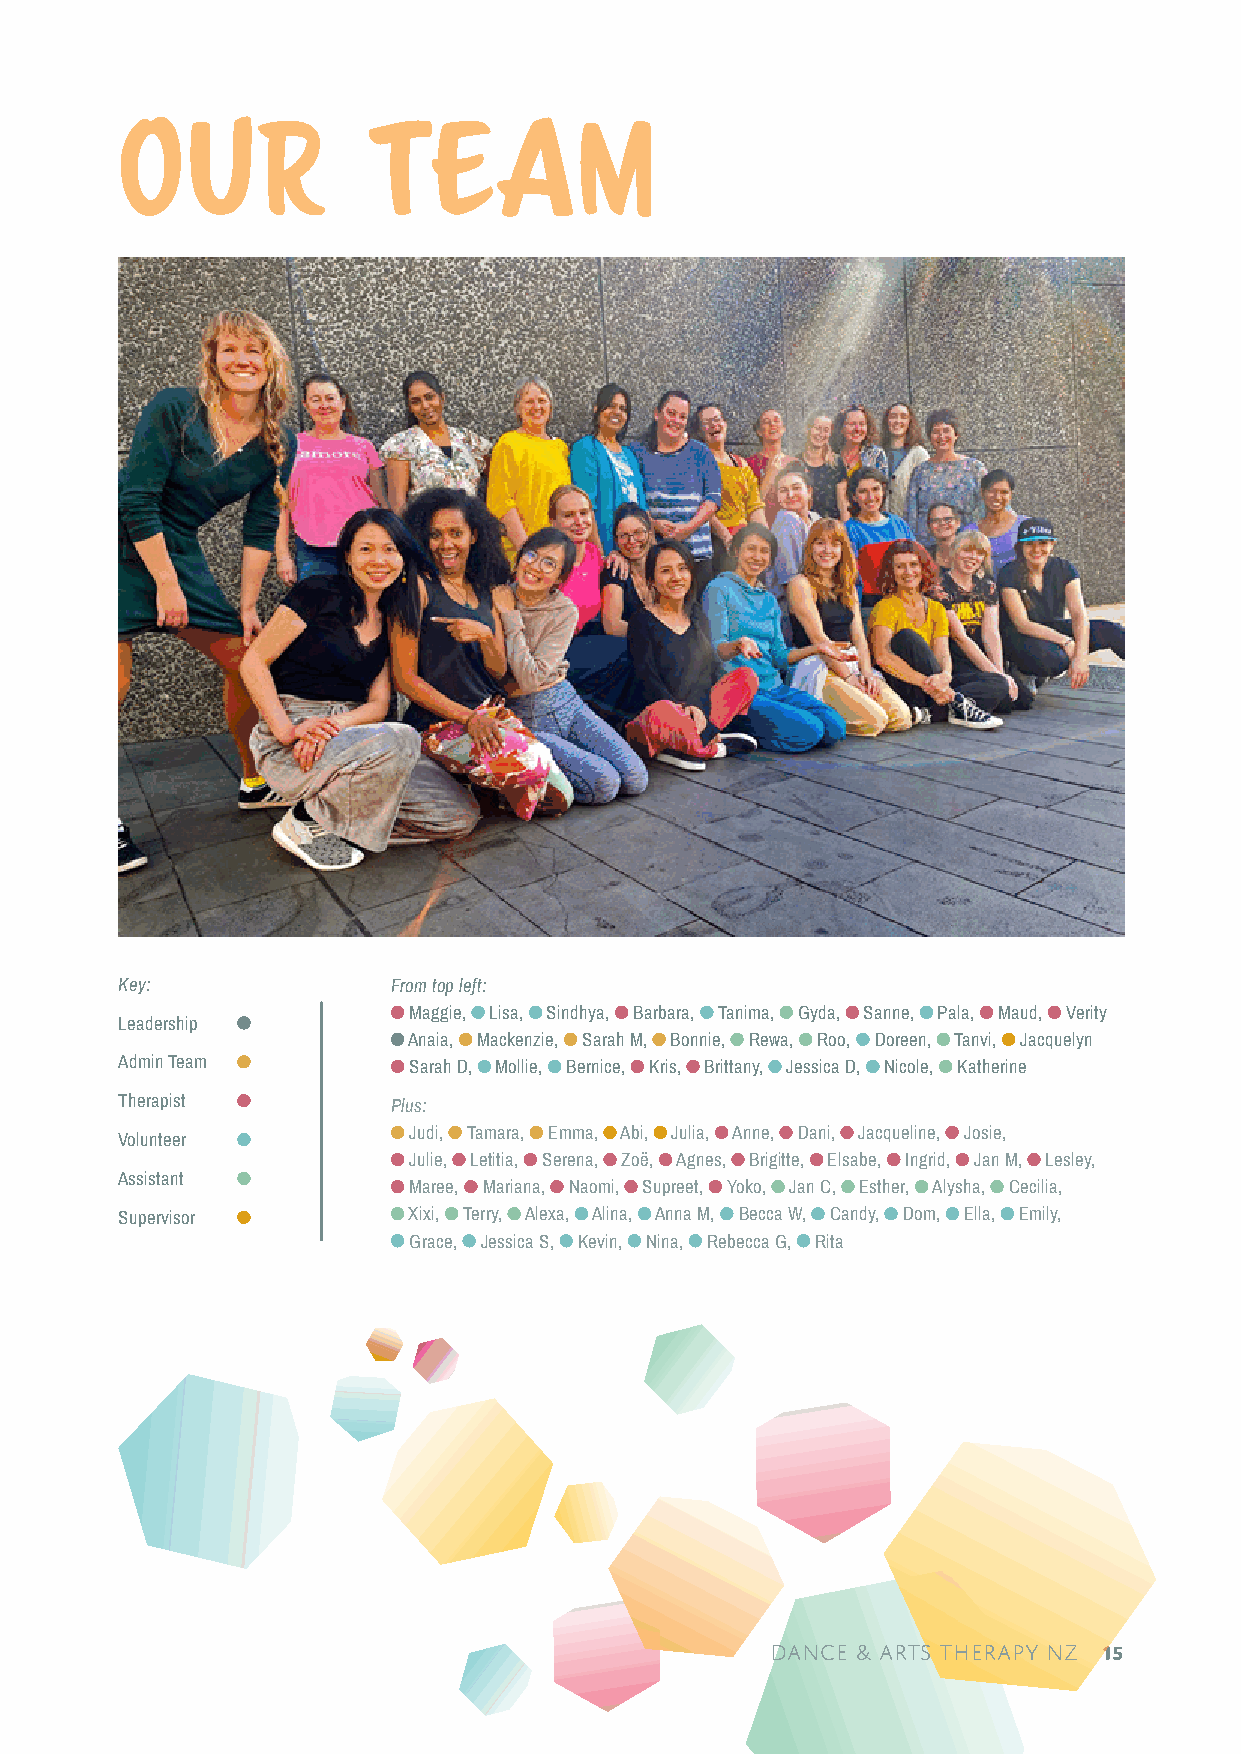
OUR              TEAM
 Key:              From top left:
 Maggie, Lisa, Sindhya, Barbara, Tanima, Gyda, Sanne, Pala, Maud, Verity
 Leadership
 Anaia, Mackenzie, Sarah M, Bonnie, Rewa, Roo, Doreen, Tanvi, Jacquelyn
 Admin Team         Sarah D, Mollie, Bernice, Kris, Brittany, Jessica D, Nicole, Katherine
 Therapist         Plus:
 Judi, Tamara, Emma, Abi, Julia, Anne, Dani, Jacqueline, Josie,
 Volunteer
 Julie, Letitia, Serena, Zoë, Agnes, Brigitte, Elsabe, Ingrid, Jan M, Lesley,
 Assistant
 Maree, Mariana, Naomi, Supreet, Yoko, Jan C, Esther, Alysha, Cecilia,
 Supervisor         Xixi, Terry, Alexa, Alina, Anna M, Becca W, Candy, Dom, Ella, Emily,
 Grace, Jessica S, Kevin, Nina, Rebecca G, Rita
 dance & arts therapy NZ 15